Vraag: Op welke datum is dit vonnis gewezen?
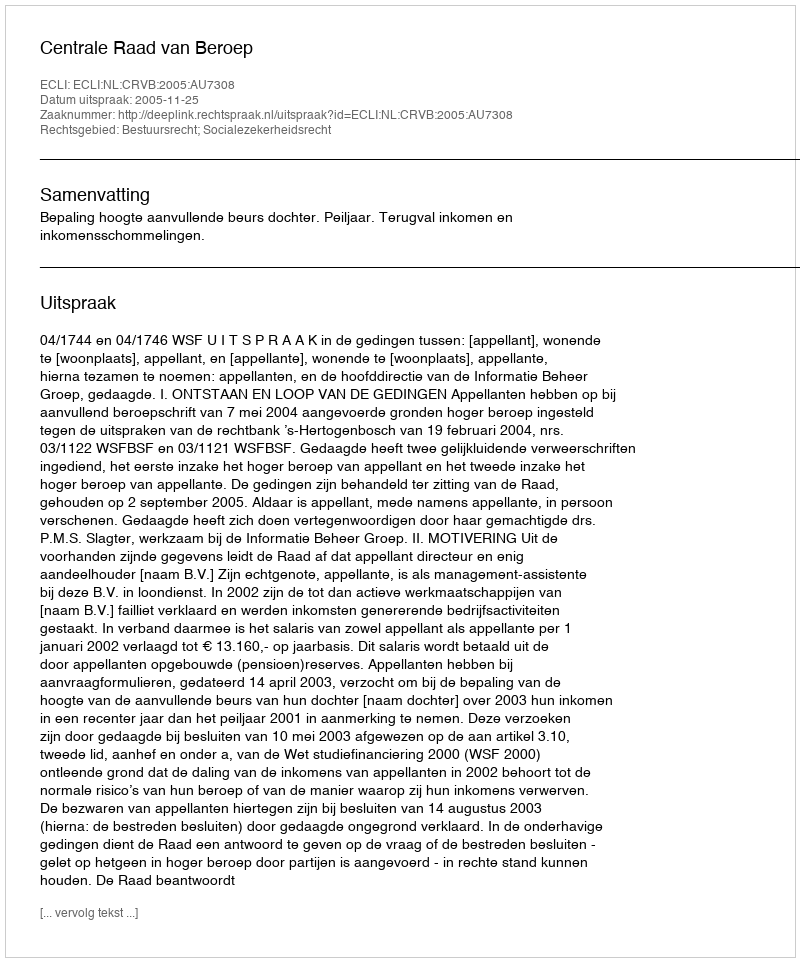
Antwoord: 2005-11-25